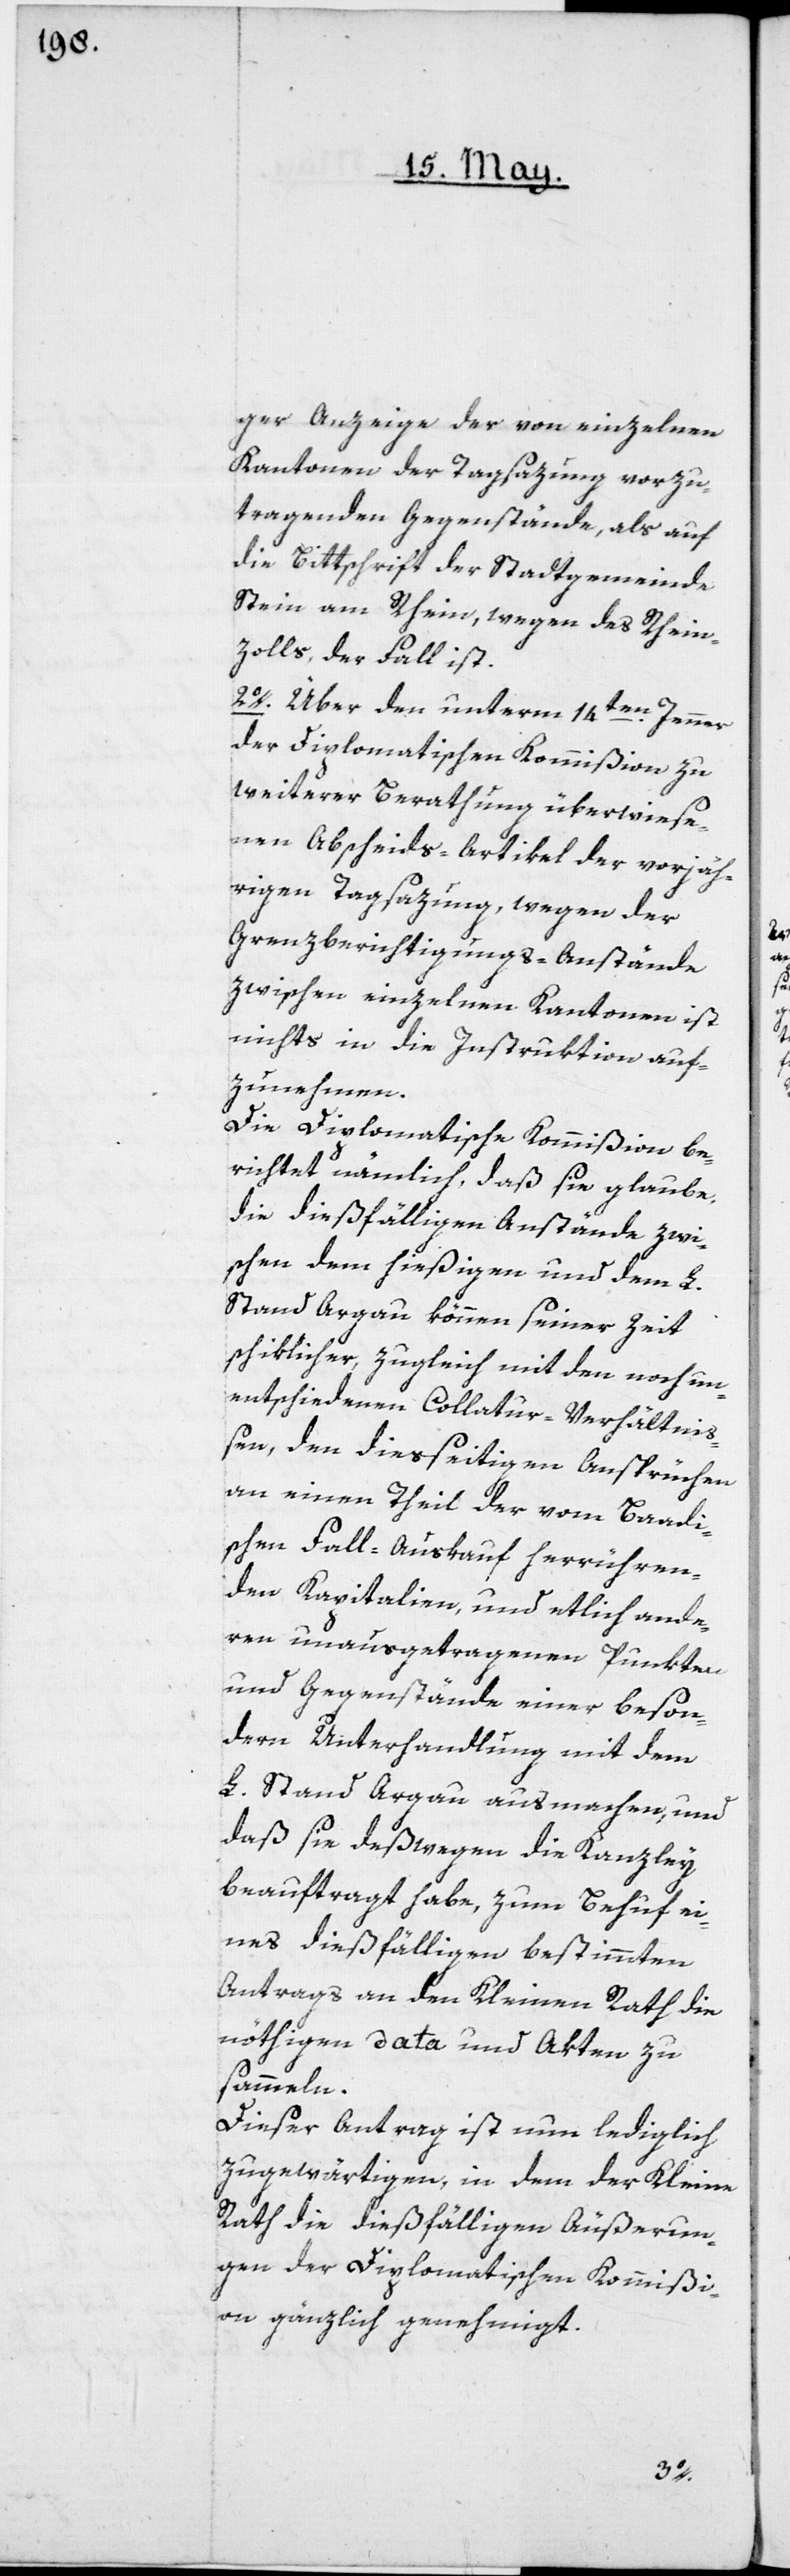
ger Anzeige der von einzelnen
Kantonen der Tagsazung vorzu¬
tragenden Gegenstände, als auf
die Bittschrift der Stadtgemeinde
Stein am Rhein, wegen des Rhein¬
zolls, der Fall ist.
2o. Über den unterm 14ten Jenner
der diplomatischen Kommißion zu
weiterer Berathung überwiese¬
nen Abscheids-Artikel der vorjäh¬
rigen Tagsazung, wegen der
Grenzberichtigungs-Anstände
zwischen einzelnen Kantonen ist
nichts in die Instruktion auf¬
zunehmen.
Die diplomatische Kommißion be¬
richtet nämlich, daß sie glaube,
die dießfälligen Anstände zwi¬
schen dem hießigen und dem L.
Stand Argau können seiner Zeit
schiklicher, zugleich mit den noch un¬
entschiedenen Collatur-Verhältni¬
ßen, den diesseitigen Ansprüchen
an einen Theil der vom Baadi¬
schen Fall-Auskauf herrühren¬
den Kapitalien und etlich ande¬
ren unausgetragenen Punkten
und Gegenstände einer beson¬
dern Unterhandlung mit dem
L. Stand Argau ausmachen, und
daß sie deßwegen die Kanzley
beauftragt habe, zum Behuf ei¬
nes dießfälligen bestimmten
Antrags an den Kleinen Rath die
nöthigen Data und Akten zu
sammeln.
Dieser Antrag ist nun lediglich
zugewärtigen, in dem der Kleine
Rath die dießfälligen Äußerun¬
gen der Diplomatischen Kommißi¬
on gänzlich genehmigt.